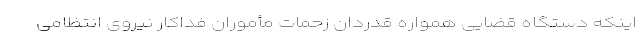
اینکه دستگاه قضایی همواره قدردان زحمات مأموران فداکار نیروی انتظامی